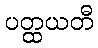
ပတ္ထယတီ